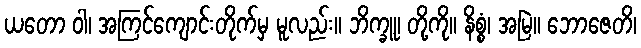
ယတော ဝါ၊ အကြင်ကျောင်းတိုက်မှ မူလည်း။ ဘိက္ခူ၊ တို့ကို။ နိစ္စံ၊ အမြဲ။ ဘောဇေတိ၊